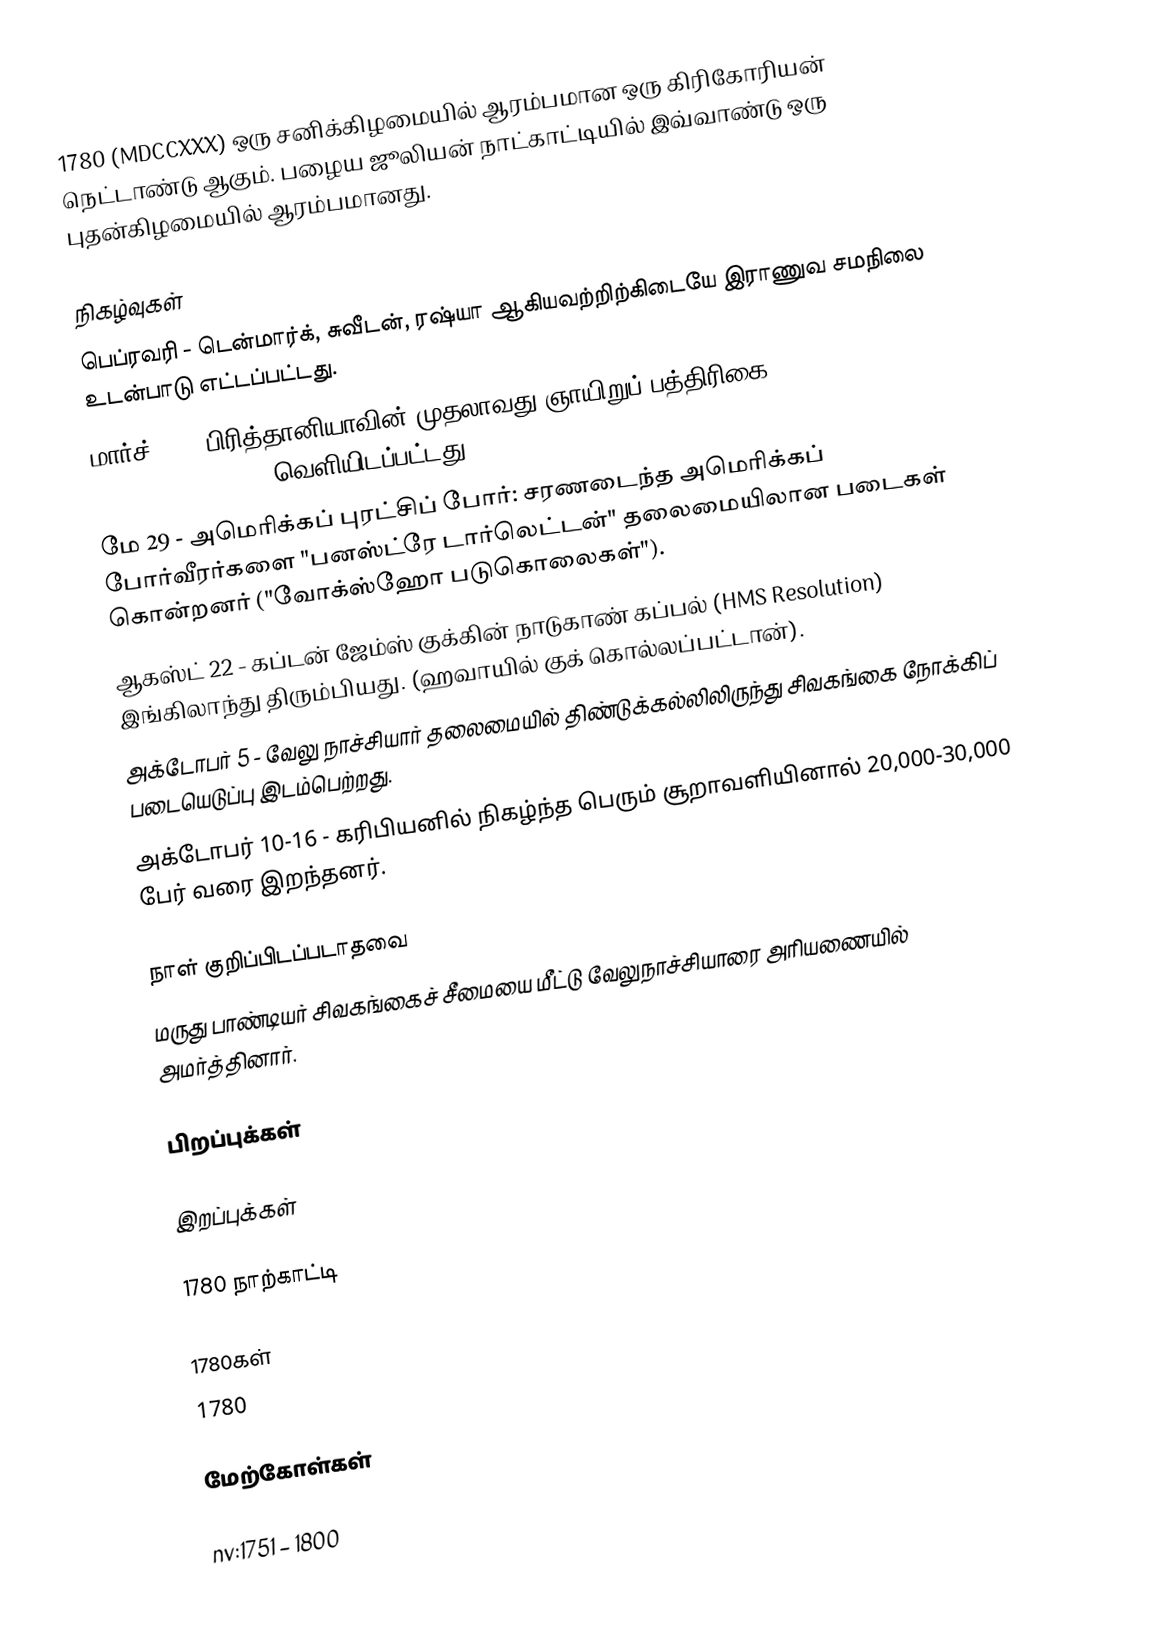
1780 (MDCCXXX) ஒரு சனிக்கிழமையில் ஆரம்பமான ஒரு கிரிகோரியன் நெட்டாண்டு ஆகும். பழைய ஜூலியன் நாட்காட்டியில் இவ்வாண்டு ஒரு புதன்கிழமையில் ஆரம்பமானது.

நிகழ்வுகள்
 பெப்ரவரி - டென்மார்க், சுவீடன், ரஷ்யா ஆகியவற்றிற்கிடையே இராணுவ சமநிலை உடன்பாடு எட்டப்பட்டது.
 மார்ச் 26 - பிரித்தானியாவின் முதலாவது ஞாயிறுப் பத்திரிகை The British Gazette and Sunday Monitor வெளியிடப்பட்டது.
 மே 29 - அமெரிக்கப் புரட்சிப் போர்: சரணடைந்த அமெரிக்கப் போர்வீரர்களை "பனஸ்ட்ரே டார்லெட்டன்" தலைமையிலான படைகள் கொன்றனர் ("வோக்ஸ்ஹோ படுகொலைகள்").
 ஆகஸ்ட் 22 - கப்டன் ஜேம்ஸ் குக்கின் நாடுகாண் கப்பல் (HMS Resolution) இங்கிலாந்து திரும்பியது. (ஹவாயில் குக் கொல்லப்பட்டான்).
 அக்டோபர் 5 - வேலு நாச்சியார் தலைமையில் திண்டுக்கல்லிலிருந்து சிவகங்கை நோக்கிப் படையெடுப்பு இடம்பெற்றது.
 அக்டோபர் 10-16 - கரிபியனில் நிகழ்ந்த பெரும் சூறாவளியினால் 20,000-30,000 பேர் வரை இறந்தனர்.

நாள் குறிப்பிடப்படாதவை
 மருது பாண்டியர் சிவகங்கைச் சீமையை மீட்டு வேலுநாச்சியாரை அரியணையில் அமர்த்தினார்.

பிறப்புக்கள்

இறப்புக்கள்

1780 நாற்காட்டி

1780கள்
1780

மேற்கோள்கள்

nv:1751 – 1800